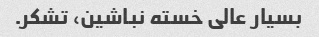
بسیار عالی خسته نباشین، تشکر.